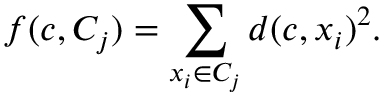
f ( c , C _ { j } ) = \sum _ { x _ { i } \in C _ { j } } d ( c , x _ { i } ) ^ { 2 } .